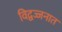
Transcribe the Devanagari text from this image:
विद्वज्जनात